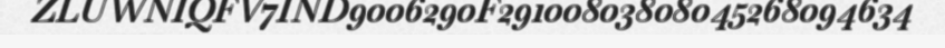
ZLUWNIQFV7IND9006290F29100803808045268094634